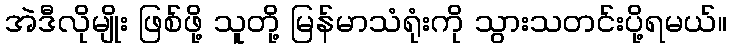
အဲဒီလိုမျိုး ဖြစ်ဖို့ သူတို့ မြန်မာသံရုံးကို သွားသတင်းပို့ရမယ်။